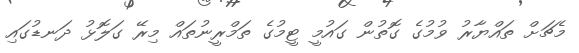
މެޗަށް ތައްޔާރު ވުމުގެ ގޮތުން ގައުމީ ޓީމުގެ ތަމްރީނުތައް މިރޭ ގަލޮޅު ދަނޑުގައި